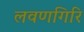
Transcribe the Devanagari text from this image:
लवणगिरि